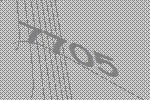
7705